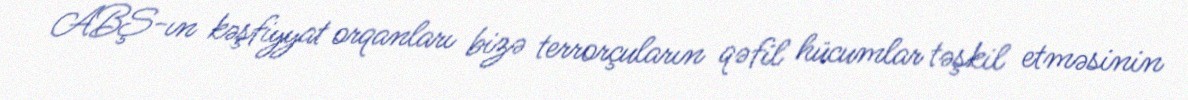
ABŞ-ın kəşfiyyat orqanları bizə terrorçuların qəfil hücumlar təşkil etməsinin